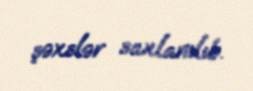
şəxslər saxlanılıb.